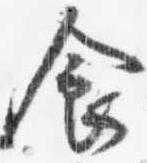
食